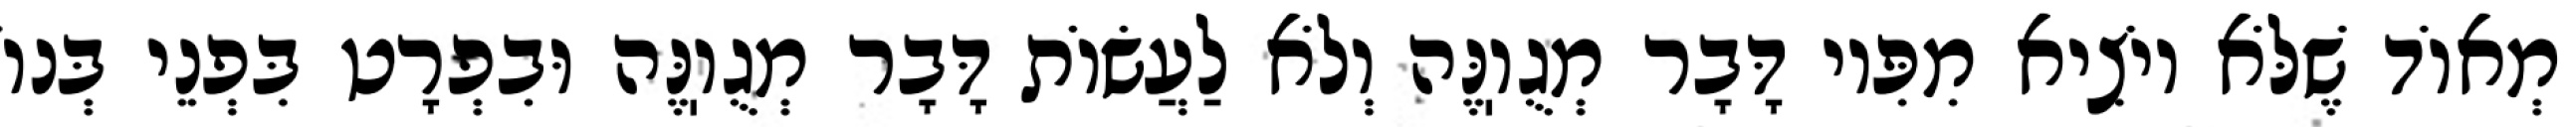
מְאוֹד שֶׁלֹּא יוֹצִיא מִפִּיו דָּבָר מְגֻוֽנֶּה וְלֹא לַעֲשׂוֹת דָּבָר מְגֻוֽנֶּה וּבִפְרָט בִּפְנֵי בְּנוֹ